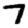
Digit: 7